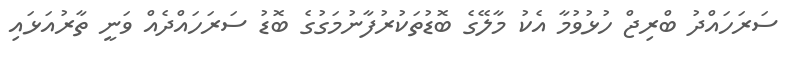
ސަރަހައްދު ބްރިޖް ހުޅުވުމާ އެކު މާލޭގެ ބޮޑުތަކުރުފާނުމަގުގެ ބޮޑު ސަރަހައްދެއް ވަނީ ތާރުއަޅައި